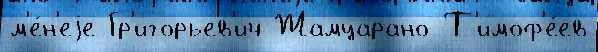
м'е́н'еjе Гр'игорьев'ич Жамцарано Т'имоф'е́ев